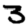
Digit: 3